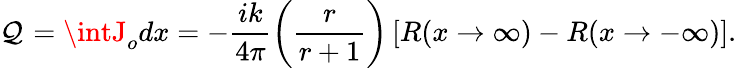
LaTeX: \mathcal{Q}_{}=\intJ_{o}dx=-\frac{{ik}}{{4\pi}}\left(\frac{{r}}{{r+1}}\right)\left[R(x\rightarrow\infty)-R(x\rightarrow-\infty)\right].